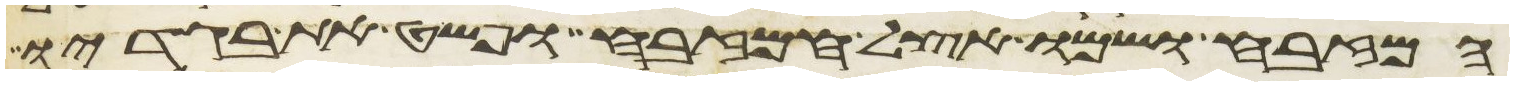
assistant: המזבח ושמו אצל המזבח ופשט את בגדיו